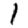
Digit: 1